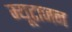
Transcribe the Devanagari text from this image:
म्यूटाजन